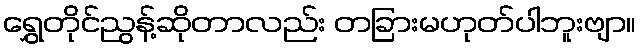
ရွှေတိုင်ညွန့်ဆိုတာလည်း တခြားမဟုတ်ပါဘူးဗျာ။